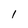
Character: 1